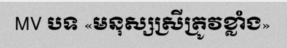
MV បទ «មនុស្សស្រីត្រូវខ្លាំង»